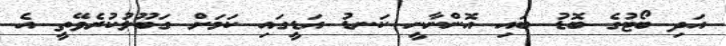
އަދި ބޯޓުގެ ބޮޑު ބައި އޮންނާނީ ކަނޑު އަޑީގައި ކަމަށް ގަބޫލުކުރެވޭތީ އެ